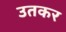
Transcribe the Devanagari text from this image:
उतकर